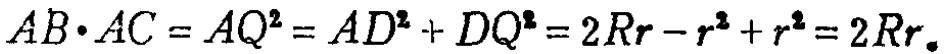
\(AB\cdot AC = AQ^{2}=AD^{2}+DQ^{2}=2Rr - r^{2}+r^{2}=2Rr_{\circ}\)